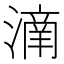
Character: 𣾌